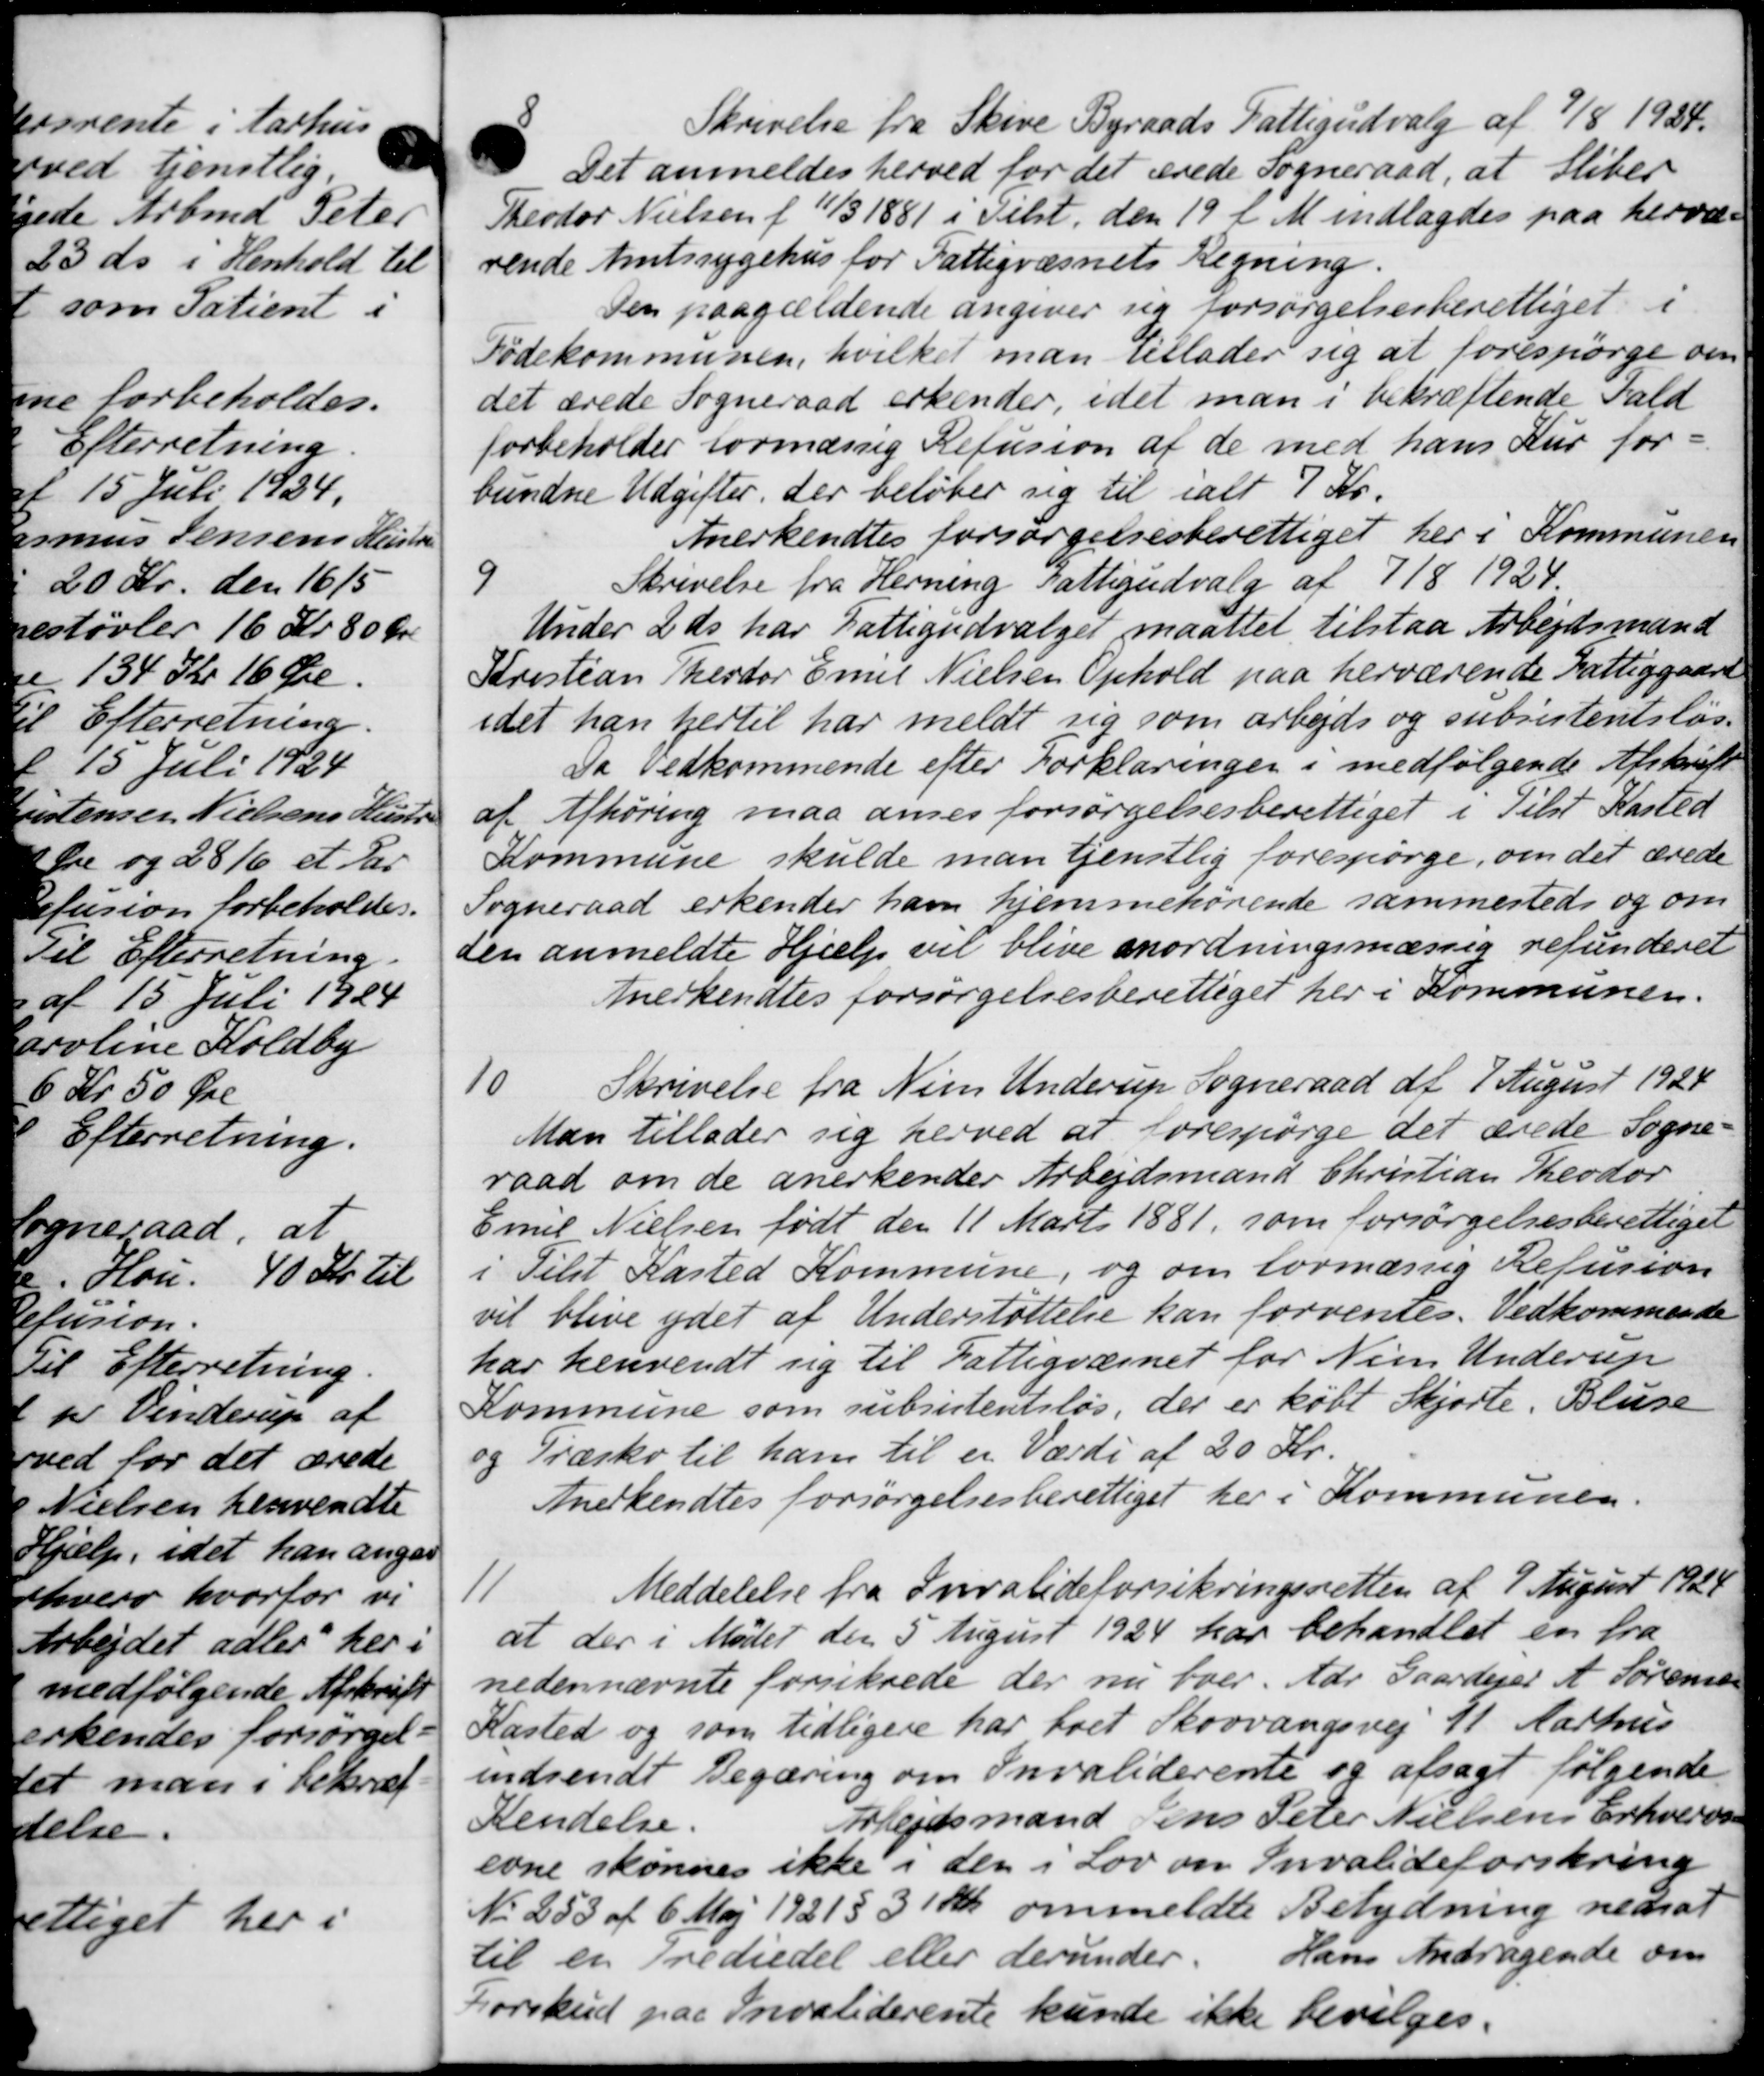
Transskription:
Skrivelse fra Skive Byraads Fattigudvalg af 7/8 1924.
Det anmeldes herved for det ærede Sogneraad, at sliber
Theodor Nielsen f 11/3 1881 i Tilst, den 19 i M indlagdes paa hervæ-
rende Amtssygehus for Fattigvæsnets Regning.
Den paagældende angiver sig forsørgelsesberettiget i
Fødekommunen, hvilket man tillader sig at forespørge om
det ærede Sogneraad erkender, idet man i bekræftende Fald
forbeholder formæssig Refusion af de med hans Kur for-
bundne Udgifter, der beløber sig til ialt 7 Kr.
Anerkendtes forsørgelsesberettiget her i Kommunen
9
Skrivelse fra Herning Fattigudvalg af 7/8 1924
Under 2 ds. har Fattigudvalget maattet tilstaa Arbejdsmand
Kristian Theodor Emil Nielsen Ophold paa herværende Fattiggaard
idet han hertil har meldt sig som arbejds og subsistentsløs.
Da Vedkommende efter Forklaringen i medfølgende Afskrift
af Afhøring maa anses forsørgelsesberettiget i Tilst Kasted
Kommune skulde man tjenstlig forespørge, om det ærede
Sogneraad erkender ham hjemmehørende sammesteds og om
den anmeldte Hjælp vil blive nordningsmæssig refunderet
Anerkendtes forsørgelsesberettiget her i Kommunen.
10
Skrivelse fra Nien Underup Sogneraad af 7 August 1924
Man tillader sig herved at forespørge det ærede Sogne-
raad om de anerkender Arbejdsmand Christian Theodor
Emil Nielsen født den 11 Marts 1881, som forsørgelsesberettiget
i Tilst Kasted Kommune, og om lovmæssig Refusion
vil blive ydet af Understøttelse kan forventes. Vedkommende
har henvendt sig til Fattigvæsnet for Nien Underup
Kommune som subsistentsløs, der er købt Skjorte. Bluse
og Træsko til ham til en Værdi af 20 Kr.
Inerkendtes forsørgelsesberettiget her i Kommunen.
11.
Meddelelse fra Invalideforsikringsretten af 1 August 1924
at der i Mødet den 5 August 1924 har behandlet en fra
nedennævnte forsikrede der nu boer. Adr Gaardejer A. Sørensen
Kasted og som tidligere har boet Skovvangsvej 11 Aarhus
indsendt Begæring om Invaliderente og afsagt følgende
Kendelse.
Arbejdsmand Jens Peter Nielsens Erhvervss
evne skønnes ikke i den i Lov om Invalideforsikring
Nr. 253 af 6 Maj 1921 § 31 kr. ommeldte Betydning nedsat
til en Trediedel eller derunder. Hans Andragende om
Forskud paa Invaliderente kunde ikke bevilges.